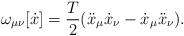
LaTeX: \begin{align*}\omega _{\mu \nu }[\dot{x}]= \frac{T}{2}(\ddot x_\mu\dot x_\nu -\dot x_\mu \ddot x_\nu).\end{align*}